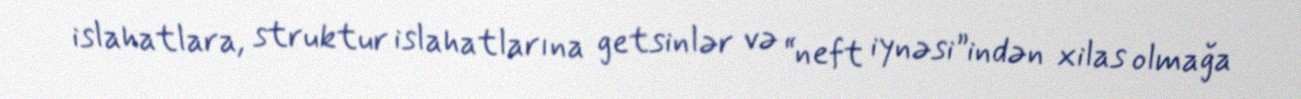
islahatlara, struktur islahatlarına getsinlər və “neft iynəsi”indən xilas olmağa